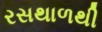
રસથાળથી